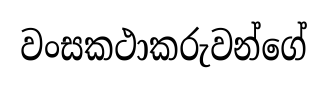
වංසකථාකරුවන්ගේ